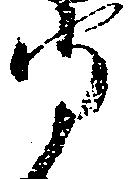
守